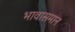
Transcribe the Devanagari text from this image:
भावासमान